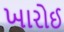
ખારોઈ